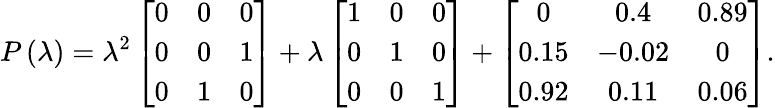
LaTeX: P\left(\lambda\right)=\lambda^{2}\left[\begin{array}{ccc}{0}&{0}&{0}\\ {0}&{0}&{1}\\ {0}&{1}&{0}\end{array}\right]+\lambda\left[\begin{array}{ccc}{1}&{0}&{0}\\ {0}&{1}&{0}\\ {0}&{0}&{1}\end{array}\right]+\left[\begin{array}{ccc}{0}&{0.4}&{0.89}\\ {0.15}&{-0.02}&{0}\\ {0.92}&{0.11}&{0.06}\end{array}\right].